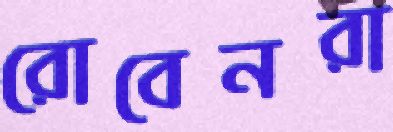
রোবেনরা